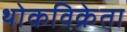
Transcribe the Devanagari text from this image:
थोकविक्रेता